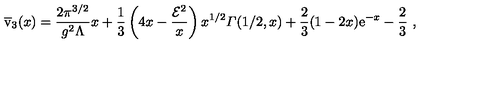
\overline { { \mathrm { \Large v } } } _ { 3 } ( x ) = { \frac { 2 \pi ^ { 3 / 2 } } { g ^ { 2 } \Lambda } } x + { \frac { 1 } { 3 } } \left( 4 x - { \frac { { \cal E } ^ { 2 } } { x } } \right) x ^ { 1 / 2 } { \mit \Gamma } ( 1 / 2 , x ) + { \frac { 2 } { 3 } } ( 1 - 2 x ) { \mathrm e } ^ { - x } - { \frac { 2 } { 3 } } \ ,